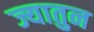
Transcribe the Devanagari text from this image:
ज्यातुन